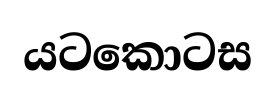
යටකොටස